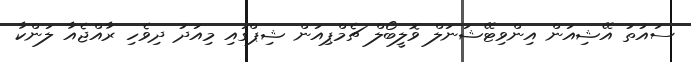
ސައުތު އޭޝިއަން އިންވިޓޭޝަނަލް ވޮލީބޯލް ޗެމްޕިއަން ޝިޕްގައި މިއަދު ދިވެހި ރާއްޖެއާ ލަންކާ